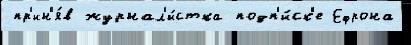
пр'ин'я́в журнал'и́стка подп'и́ск'е Ефрона